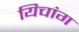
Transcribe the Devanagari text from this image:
यिचांग